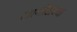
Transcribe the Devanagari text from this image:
लागोसच्या